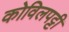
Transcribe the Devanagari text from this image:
कोविलपट्टी